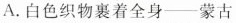
A.白色织物裹着全身-蒙古